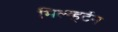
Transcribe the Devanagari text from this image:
मिल्व्हर्टन